Civil Veterinary Department. Central Provinces & Berar 1932-41 - 1932-1941
Year: 1932
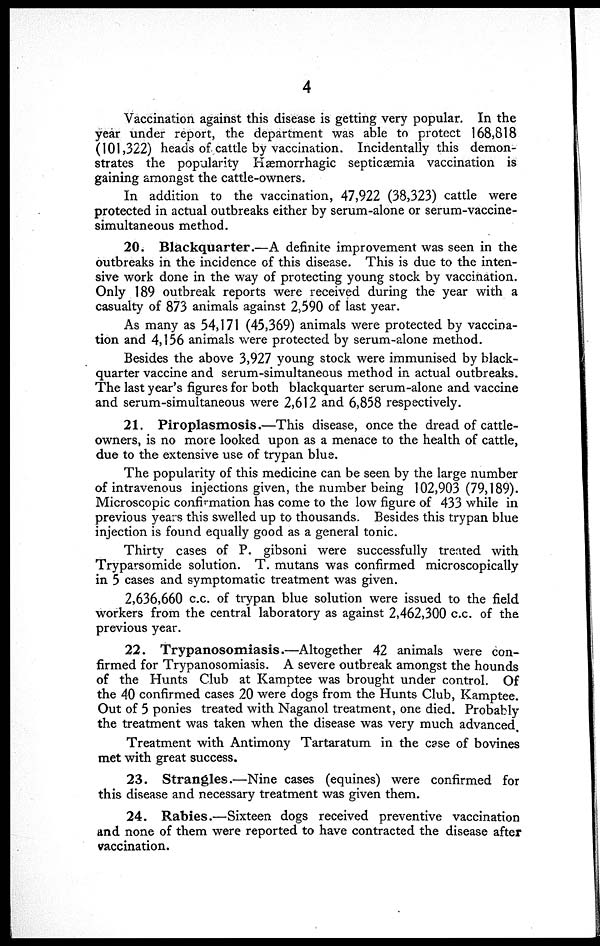
4
Vaccination against this disease is getting very popular. In the
year under report, the department was able to protect 168,818
(101,322) heads of cattle by vaccination. Incidentally this demon-
strates the popularity Hæmorrhagic septicæmia vaccination is
gaining amongst the cattle-owners.
In addition to the vaccination, 47,922 (38,323) cattle were
protected in actual outbreaks either by serum-alone or serum-vaccine-
simultaneous method.
20. Blackquarter.—A definite improvement was seen in the
outbreaks in the incidence of this disease. This is due to the inten-
sive work done in the way of protecting young stock by vaccination.
Only 189 outbreak reports were received during the year with a
casualty of 873 animals against 2,590 of last year.
As many as 54,171 (45,369) animals were protected by vaccina-
tion and 4,156 animals were protected by serum-alone method.
Besides the above 3,927 young stock were immunised by black-
quarter vaccine and serum-simultaneous method in actual outbreaks.
The last year's figures for both blackquarter serum-alone and vaccine
and serum-simultaneous were 2,612 and 6,858 respectively.
21. Piroplasmosis.—This disease, once the dread of cattle-
owners, is no more looked upon as a menace to the health of cattle,
due to the extensive use of trypan blue.
The popularity of this medicine can be seen by the large number
of intravenous injections given, the number being 102,903 (79,189).
Microscopic confirmation has come to the low figure of 433 while in
previous years this swelled up to thousands. Besides this trypan blue
injection is found equally good as a general tonic.
Thirty cases of P. gibsoni were successfully treated with
Tryparsomide solution. T. mutans was confirmed microscopically
in 5 cases and symptomatic treatment was given.
2,636,660 c.c. of trypan blue solution were issued to the field
workers from the central laboratory as against 2,462,300 c.c. of the
previous year.
22. Trypanosomiasis.—Altogether 42 animals were con-
firmed for Trypanosomiasis. A severe outbreak amongst the hounds
of the Hunts Club at Kamptee was brought under control. Of
the 40 confirmed cases 20 were dogs from the Hunts Club, Kamptee.
Out of 5 ponies treated with Naganol treatment, one died. Probably
the treatment was taken when the disease was very much advanced
Treatment with Antimony Tartaratum in the case of bovines
met with great success.
23. Strangles.—Nine cases (equines) were confirmed for
this disease and necessary treatment was given them.
24. Rabies.—Sixteen dogs received preventive vaccination
and none of them were reported to have contracted the disease after
vaccination.